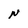
Character: N